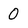
Character: 0